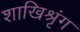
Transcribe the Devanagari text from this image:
शाखिश्रृंग